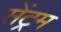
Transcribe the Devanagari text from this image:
सेंट्रम